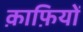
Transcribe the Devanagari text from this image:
क़ाफ़ियों